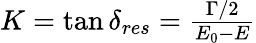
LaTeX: \begin{array}{r}{K=\tan\delta_{res}=\frac{\Gamma/2}{E_{0}-E}}\end{array}